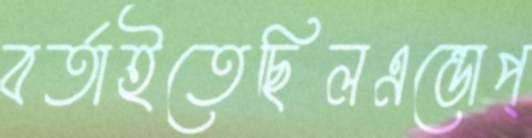
বর্তাইতেছিলএন্ডোপ্